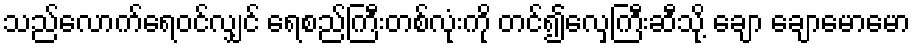
သည်လောက်ရေဝင်လျှင် ရေစည်ကြီးတစ်လုံးကို တင်၍လှေကြီးဆီသို့ ချော ချောမောမော